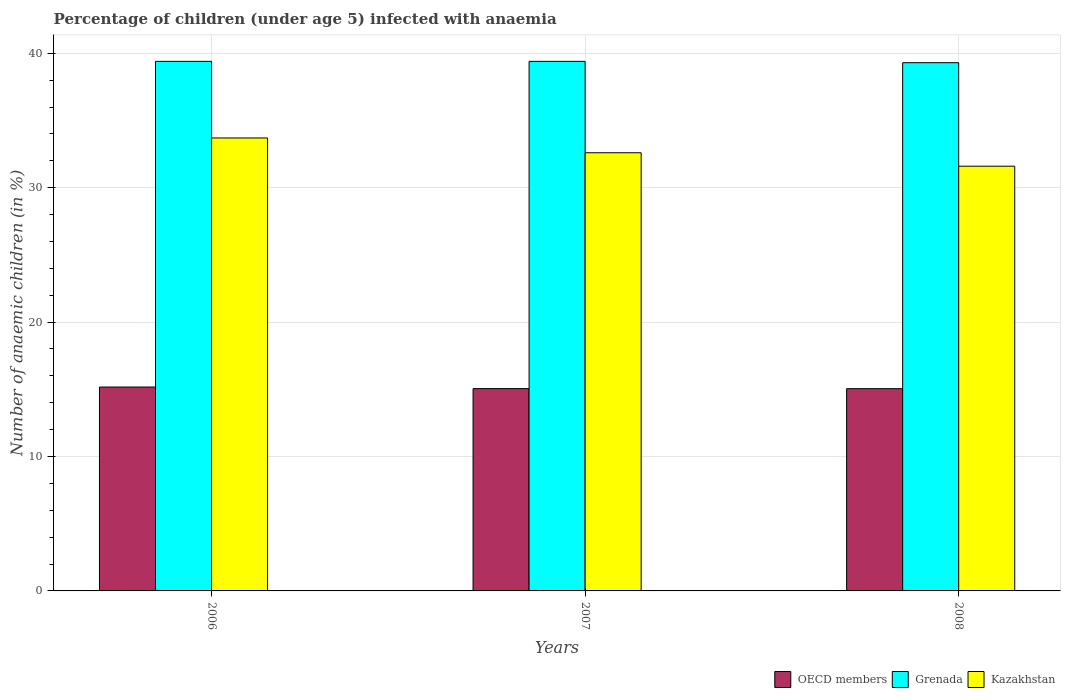
| Years | OECD members | Grenada | Kazakhstan |
 | --- | --- | --- | --- |
 | 2006 | 15.2 | 39.4 | 33.7 |
 | 2007 | 15.1 | 39.4 | 32.6 |
 | 2008 | 15 | 39.3 | 31.6 |